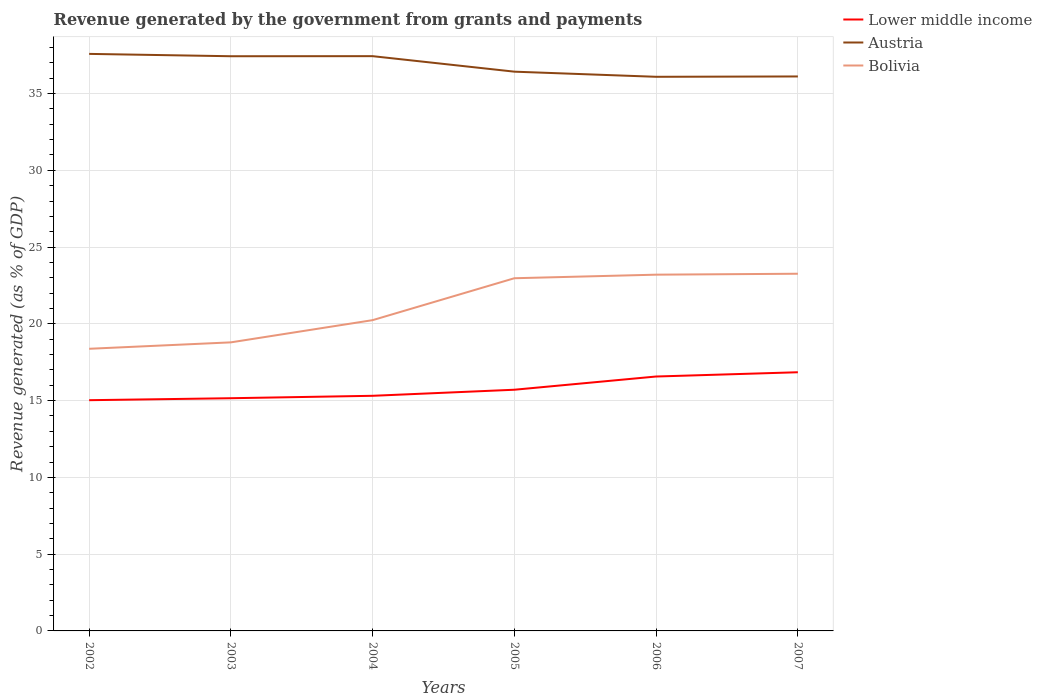
| Years | Lower middle income | Austria | Bolivia |
 | --- | --- | --- | --- |
 | 2002 | 15 | 37.6 | 18.4 |
 | 2003 | 15.2 | 37.4 | 18.8 |
 | 2004 | 15.3 | 37.4 | 20.2 |
 | 2005 | 15.7 | 36.4 | 23 |
 | 2006 | 16.6 | 36.1 | 23.2 |
 | 2007 | 16.8 | 36.1 | 23.3 |